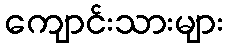
ကျောင်းသားများ